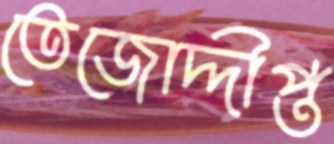
তেজোদ্দীপ্ত